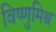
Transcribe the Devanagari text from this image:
विष्णुमिश्र